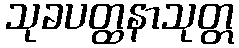
သုခပတ္ထနာသုတ္တ